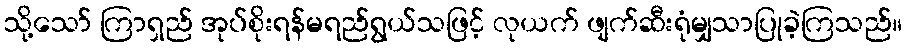
သို့သော် ကြာရှည် အုပ်စိုးရန်မရည်ရွယ်သဖြင့် လုယက် ဖျက်ဆီးရုံမျှသာပြုခဲ့ကြသည်။